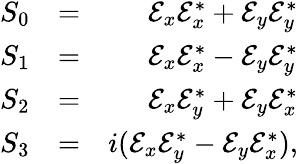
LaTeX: \begin{array}{rlr}{S_{0}}&{=}&{\mathcal{E}_{x}\mathcal{E}_{x}^{*}+\mathcal{E}_{y}\mathcal{E}_{y}^{*}}\\ {S_{1}}&{=}&{\mathcal{E}_{x}\mathcal{E}_{x}^{*}-\mathcal{E}_{y}\mathcal{E}_{y}^{*}}\\ {S_{2}}&{=}&{\mathcal{E}_{x}\mathcal{E}_{y}^{*}+\mathcal{E}_{y}\mathcal{E}_{x}^{*}}\\ {S_{3}}&{=}&{i(\mathcal{E}_{x}\mathcal{E}_{y}^{*}-\mathcal{E}_{y}\mathcal{E}_{x}^{*}),}\end{array}